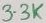
Text: 3.3K